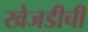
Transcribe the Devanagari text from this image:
खेजडीची